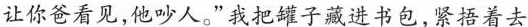
让你爸看见,他吵人。”我把罐子藏进书包,紧捂着去